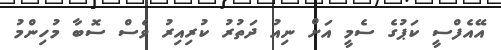
އޭއެފްސީ ކަޕުގެ ސެމީ އަށް ނިއު ދަތުރު ކުރިއިރު ވެސް ސޮބާ މުހިންމު